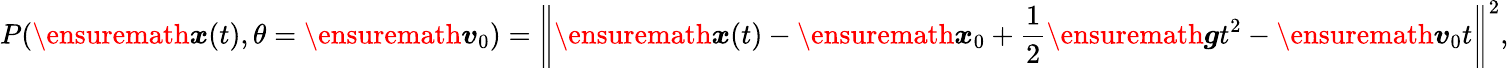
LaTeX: P(\ensuremath{\boldsymbol{x}}(t),\theta=\ensuremath{\boldsymbol{v}}_{0})=\left\| \ensuremath{\boldsymbol{x}}(t)-\ensuremath{\boldsymbol{x}}_{0}+\frac{1}{2}\ensuremath{\boldsymbol{g}}t^{2}-\ensuremath{\boldsymbol{v}}_{0}t\right\| ^{2},